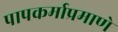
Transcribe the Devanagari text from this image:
पापकर्माप्रमाणे